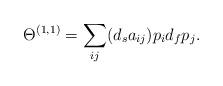
LaTeX: \begin{align*}\Theta^{(1, 1)} = \sum_{ij} (d_{s} a_{ij}) p_{i} d_{f} p_{j}. \end{align*}